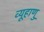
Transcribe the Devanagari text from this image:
व्यूहाणु